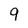
Character: 9